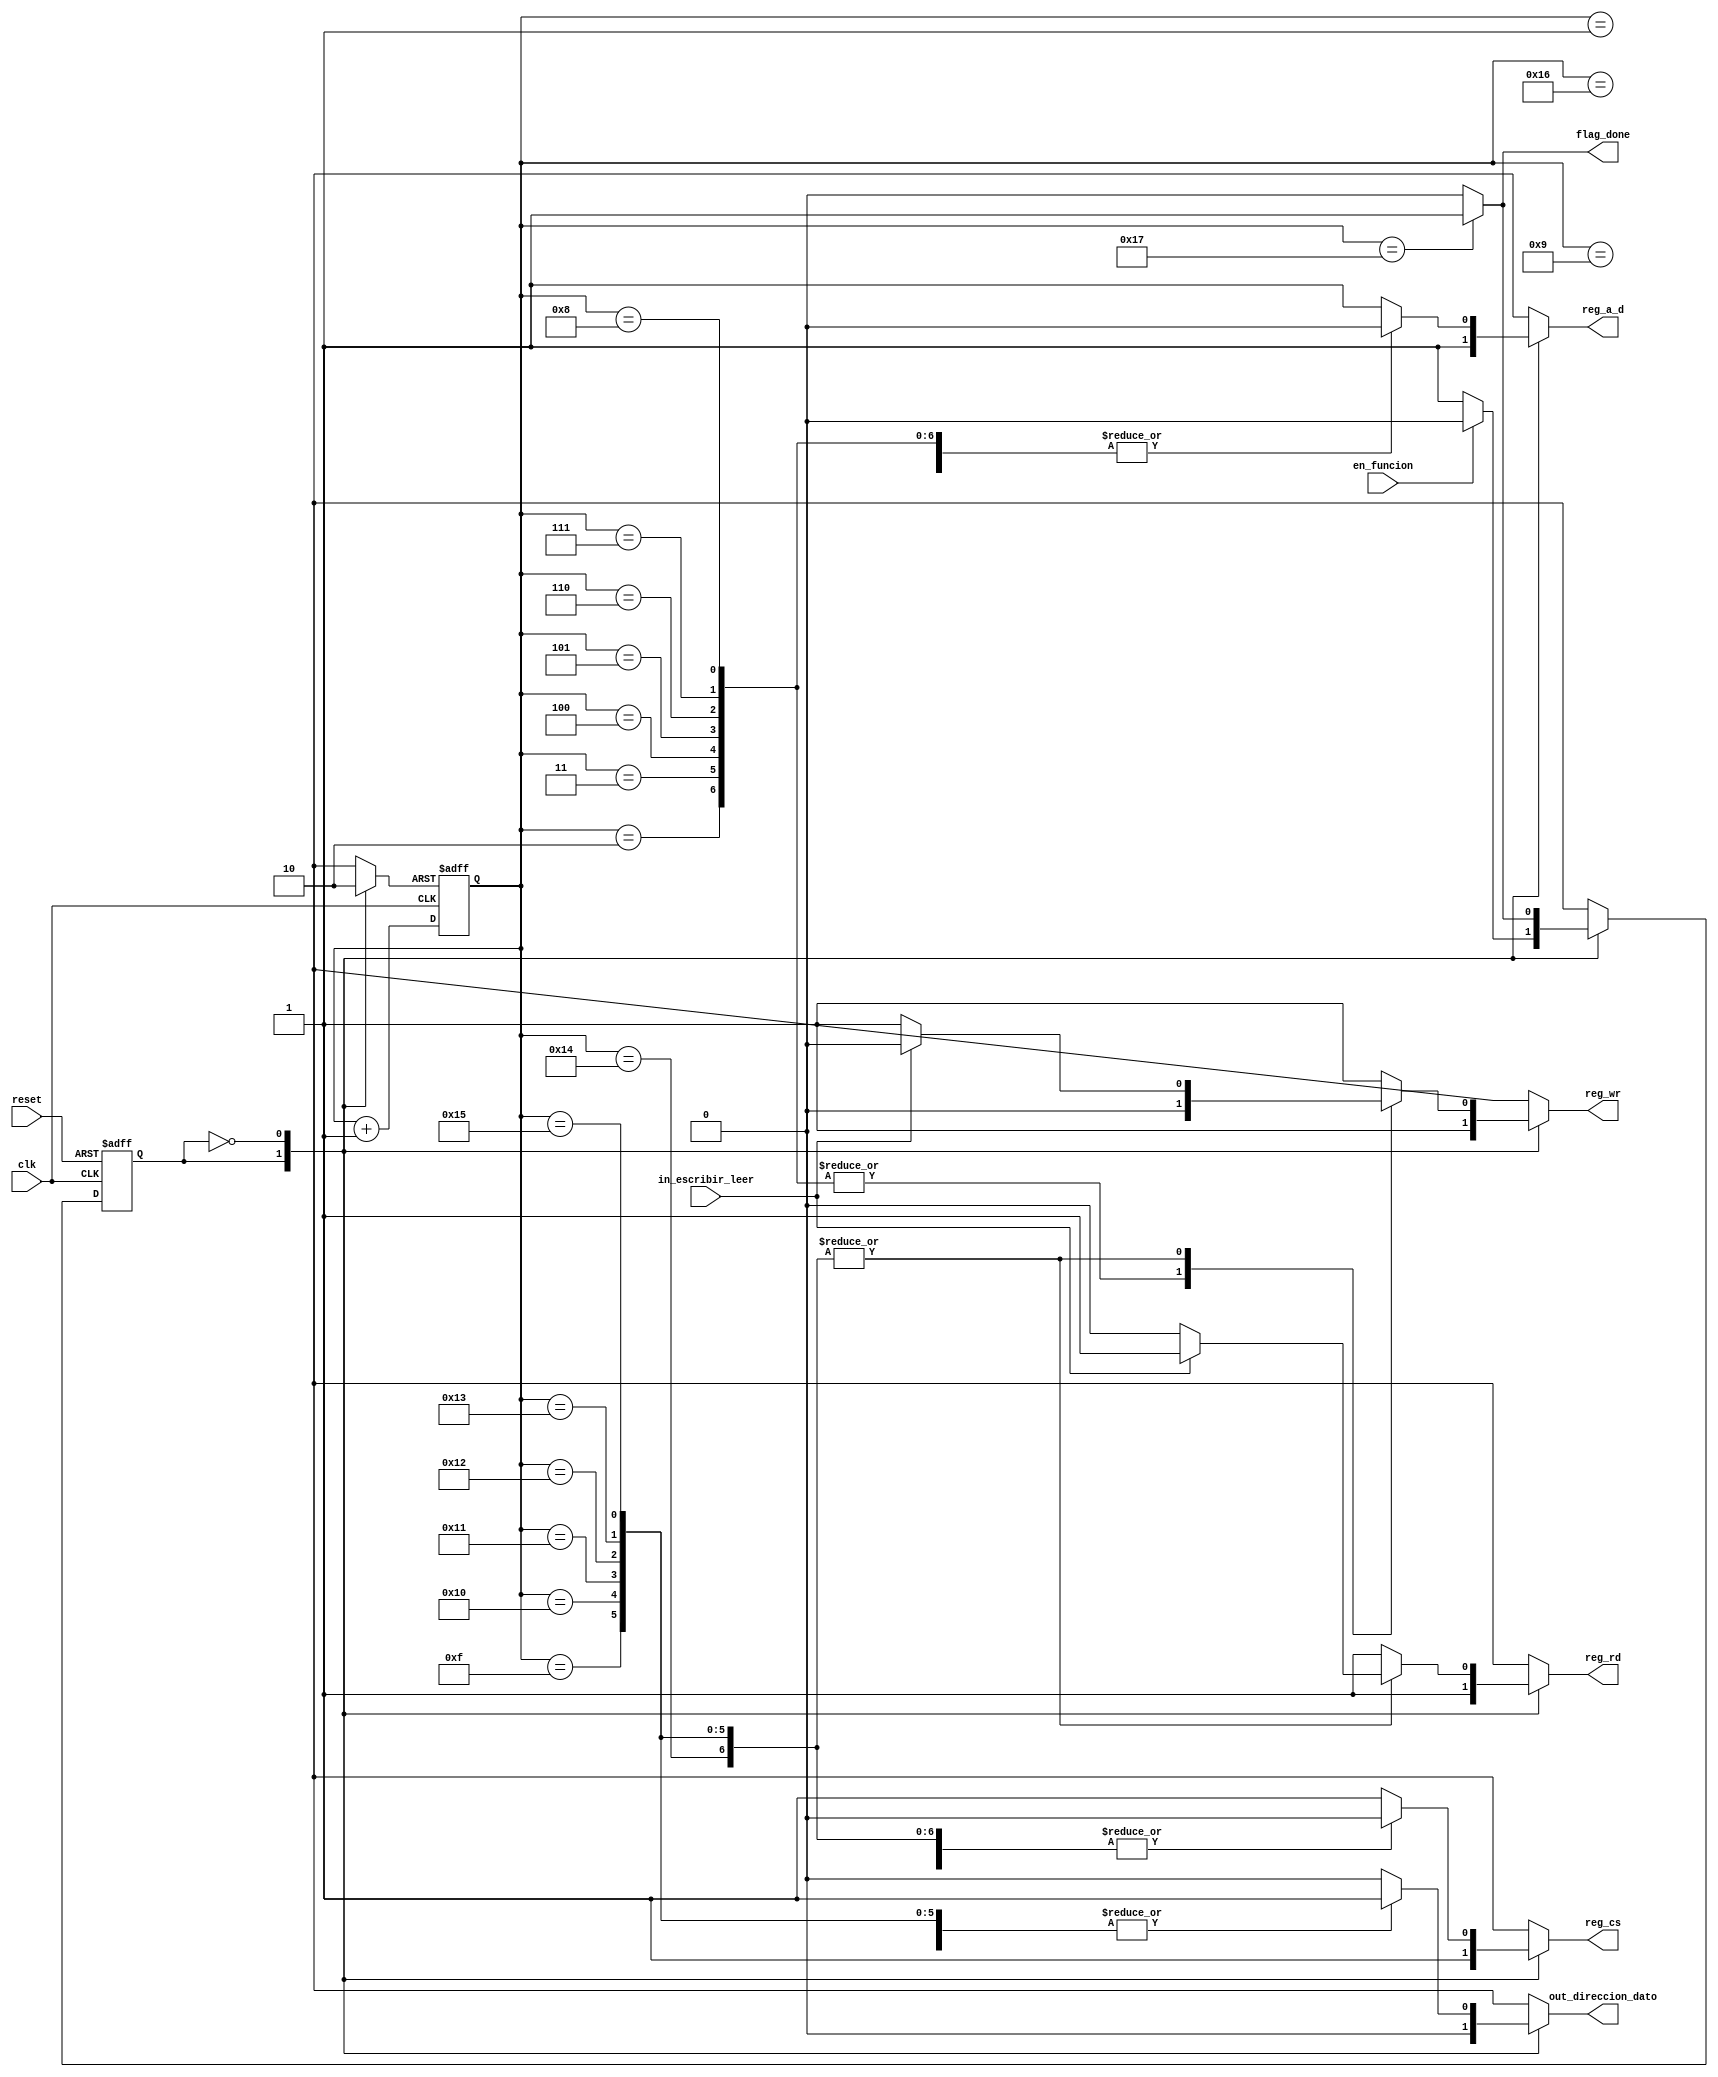
`timescale 1ns / 1ps
//////////////////////////////////////////////////////////////////////////////////
// Company: 
// Engineer: 
// 
// Design Name: 
// Module Name: Ctrl_RTC_Sig
// Project Name: 
// Target Devices: 
// Tool Versions: 
// Description: 
// 
// Dependencies: 
// 
// Revision:
// Revision 0.01 - File Created
// Additional Comments:
// 
//////////////////////////////////////////////////////////////////////////////////


module Ctrl_RTC_Sig(
    input wire clk,
	input wire reset,
	input wire in_escribir_leer, //Se\~nal exterior que indica si se debe de iniciar cualquier proceso (esc o leer)
	input wire en_funcion, //Senal que activa el inicio de la secuencia de las senales de CTRL 
	output reg reg_a_d, //Senales de control RTC
	//Senales de CTRL del RTC
	//***************************
	output reg reg_cs,
	output reg reg_wr,
	output reg reg_rd,
	//****************************
	output reg out_direccion_dato, //Dato captura
	output wire flag_done //finalizacion del proceso
	  
    ); 
    /////parametros de variables para los estados de la FSM
    localparam
    espera = 1'b1,
    leer_escribir = 1'b0;
         
    // Bits del contador para generar una seal peridica de (2^N)*10ns
    
    localparam N = 5;
    
    // Declaracin de seales para el contador y la FSM
    reg [N-1:0] q_reg;
    reg [N-1:0] q_next;
    reg state_reg, state_next;
    reg reset_count;
    
    //Descripcin del comportamiento
    
    //=============================================
    // Contador para generar un pulso de(2^N)*10ns
    //=============================================
    always @(posedge clk, posedge reset_count)
    begin
        if (reset_count) q_reg <= 0; //el contador se reinicia
         else  q_reg <= q_next;	 //sino cuenta +1
    end
    always@*
    begin
    q_next <= q_reg + 1'b1; //define que el qnext va a ser el contador +1
    end
    
    // Pulso de salida
    assign flag_done = (q_reg == 23) ? 1'b1 : 1'b0;//Tbandera fin de proseso, cuando cuenta a 23 pulsos, el proceso se detiene o reinica
    
     
    ///logica secuencial de la FSM
    always @(posedge clk, posedge reset)
    begin
      if (reset)
         state_reg <= espera;
      else
         state_reg <= state_next;
    end
    
    // Lgica de estado siguiente y salida
      always@*
       begin
        state_next = state_reg;  // estado actual
        case(state_reg)
        espera: 
        //estado de ESPERA, las senales esperan un estimulo para iniciar la cuenta (Reset=0)
        //Tambien ocupan que el ID PORT (0E), active la senal de en funcion, para que la secuencia de senales empiece
          begin
                reg_a_d = 1'b1;
                reg_cs = 1'b1;
                reg_wr = 1'b1;
                reg_rd = 1'b1;
                out_direccion_dato = 1'b0; //no ha capturado un dato
                reset_count = 1'b1; //el contador no esta contando
                if(en_funcion) state_next = leer_escribir; //si hay pulso, pasa al estado siguiente
                else state_next = espera; // sino se mantiene en el actual
            end
            
        leer_escribir:
        begin
        reset_count = 1'b0; // contador empieza a contar
        //Proseso de lectura_escritura	
        case(q_reg)
            5'd0: begin //inicia 
                reg_a_d = 1'b1;
                reg_cs = 1'b1;
                reg_rd = 1'b1;
                reg_wr = 1'b1;
                out_direccion_dato = 1'b0;
            end 
            5'd1: begin // baja salida a_d
                reg_a_d = 1'b0;
                reg_cs = 1'b1;
                reg_wr = 1'b1;
                reg_rd = 1'b1;
                out_direccion_dato = 1'b0;
            end
            
            5'd2: begin// baja cs con wr o rd incio de manipulacion del bits de datos
                reg_a_d = 1'b0;
                reg_cs = 1'b0;
                reg_wr = 1'b0;
                reg_rd = 1'b1;
                out_direccion_dato = 1'b0;
                end
                //las senales van a fluctuar un rato hasta que reciban otro estimulo para que escriba o lea
            5'd3: begin
                reg_a_d = 1'b0;
                reg_cs = 1'b0;
                reg_wr = 1'b0;
                reg_rd = 1'b1;
                out_direccion_dato = 1'b0;
            end
            5'd4: begin
                reg_a_d = 1'b0;
                reg_cs = 1'b0;
                reg_wr = 1'b0;
                reg_rd = 1'b1;
                out_direccion_dato = 1'b0;
                end
            5'd5: begin
                reg_a_d = 1'b0;
                reg_cs = 1'b0;
                reg_wr = 1'b0;
                reg_rd = 1'b1;
                out_direccion_dato = 1'b0;
                end
            5'd6: begin
                reg_a_d = 1'b0;
                reg_cs = 1'b0;
                reg_wr = 1'b0;
                reg_rd = 1'b1;
                out_direccion_dato = 1'b0;
            end
            5'd7: begin
                reg_a_d = 1'b0;
                reg_cs = 1'b0;
                reg_wr = 1'b0;
                reg_rd = 1'b1;
                out_direccion_dato = 1'b0;
            end
            
            5'd8: begin
                reg_a_d = 1'b0;
                reg_cs = 1'b0;
                reg_wr = 1'b0;
                reg_rd = 1'b1;
                out_direccion_dato = 1'b0;
                end
                
            5'd9:begin 
                reg_a_d = 1'b0;
                reg_cs = 1'b1;
                reg_wr = 1'b1;
                reg_rd = 1'b1;
                out_direccion_dato = 1'b0;
            end
            5'd10: begin
                reg_a_d = 1'b1;
                reg_cs = 1'b1;
                reg_wr = 1'b1;
                reg_rd = 1'b1;
                out_direccion_dato = 1'b0;
            end
            5'd11: begin
                reg_a_d = 1'b1;
                reg_cs = 1'b1;
                reg_wr = 1'b1;
                reg_rd = 1'b1;
                out_direccion_dato = 1'b0;
            end
            5'd12: begin
                reg_a_d = 1'b1;
                reg_cs = 1'b1;
                reg_wr = 1'b1;
                reg_rd = 1'b1;
                out_direccion_dato = 1'b0;
            end
            5'd13: begin
                reg_a_d = 1'b1;
                reg_cs = 1'b1;
                reg_wr = 1'b1;
                reg_rd = 1'b1;
                out_direccion_dato = 1'b0;
                end
            5'd14: begin
                reg_a_d = 1'b1;
                reg_cs = 1'b1;
                reg_wr = 1'b1;
                reg_rd = 1'b1;
                out_direccion_dato = 1'b0;
            end
            5'd15: begin
                reg_a_d = 1'b1;
                out_direccion_dato = 1'b1; //puede recibir una direccion o un dato
                if (in_escribir_leer)begin
                //escribe si escribir_leer=1
                reg_cs = 1'b0;
                reg_wr = 1'b0;
                reg_rd = 1'b1;
                end
                else begin //Lee si escribir_leer=0
                reg_cs = 1'b0;
                reg_wr = 1'b1;
                reg_rd = 1'b0;
            end
            end
            5'd16:begin
                reg_a_d = 1'b1;
                out_direccion_dato = 1'b1;
                if (in_escribir_leer)begin
                reg_cs = 1'b0;
                reg_wr = 1'b0;
                reg_rd = 1'b1;
                end
                else begin
                reg_cs = 1'b0;
                reg_wr = 1'b1;
                reg_rd = 1'b0;
            end
            end
            5'd17:begin
                reg_a_d = 1'b1;
                out_direccion_dato = 1'b1;
                if (in_escribir_leer)begin
                reg_cs = 1'b0;
                reg_wr = 1'b0;
                reg_rd = 1'b1;
                end
                else begin
                reg_cs = 1'b0;
                reg_wr = 1'b1;
                reg_rd = 1'b0;
                end
            end
            5'd18:begin
                reg_a_d = 1'b1;
                out_direccion_dato = 1'b1;
                if (in_escribir_leer)begin
                reg_cs = 1'b0;
                reg_wr = 1'b0;
                reg_rd = 1'b1;
                end
                else begin
                reg_cs = 1'b0;
                reg_wr = 1'b1;
                reg_rd = 1'b0;
                end
            end
            5'd19: begin
                reg_a_d = 1'b1;
                out_direccion_dato = 1'b1;
                if (in_escribir_leer)begin
                reg_cs = 1'b0;
                reg_wr = 1'b0;
                reg_rd = 1'b1;
                end
                else begin
                reg_cs = 1'b0;
                reg_wr = 1'b1;
                reg_rd = 1'b0;
            end
            end
            5'd20: begin
                reg_a_d = 1'b1;
                out_direccion_dato = 1'b1;
                if (in_escribir_leer)begin
                reg_cs = 1'b0;
                reg_wr = 1'b0;
                reg_rd = 1'b1;
                end
                else begin
                reg_cs = 1'b0;
                reg_wr = 1'b1;
                reg_rd = 1'b0;
            end
            end
            5'd21: begin
                reg_a_d = 1'b1;
                out_direccion_dato = 1'b1;
                if (in_escribir_leer)begin
                reg_cs = 1'b0;
                reg_wr = 1'b0;
                reg_rd = 1'b1;
                end
                else begin
                reg_cs = 1'b0;
                reg_wr = 1'b1;
                reg_rd = 1'b0;
            end end
            
            5'd22: begin reg_a_d = 1'b1;
                reg_cs = 1'b1;
                reg_wr = 1'b1;
                reg_rd = 1'b1;
                out_direccion_dato = 1'b1;
                end
            5'd23://vuelve a las mismas senales del estado de espera
            begin reg_a_d = 1'b1;
                reg_cs = 1'b1;
                reg_wr = 1'b1;
                reg_rd = 1'b1; 
                out_direccion_dato = 1'b0;
                state_next = espera;
            end
             
            default: begin //el default va a ser siempre esperar el estimulo inicial
            state_next = leer_escribir;
            reg_a_d = 1'b1;
            reg_cs =  1'b1;
            reg_rd =  1'b1;
            reg_wr =  1'b1;
            out_direccion_dato =  1'b0;
            end 
            endcase	 
        end
        default: begin
        state_next = espera;
        reg_cs = 1'd1;
        reg_a_d = 1'd1;
        reg_wr = 1'd1;
        reg_rd = 1'd1;
        out_direccion_dato = 1'd0;
        end
        endcase
        
    end

endmodule